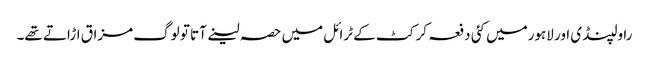
راولپنڈی اور لاہورمیں کئی دفعہ کرکٹ کے ٹرائل میں حصہ لینے آتا تو لوگ مزاق اڑاتے تھے۔